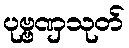
ပုဗ္ဗဏှသုတ်